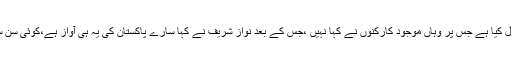
گجرات میں نواز شریف نے کارکنوں کو مخاطب کرتے ہوئے کہا کہ کیا آپ نے عدالت کا فیصلہ قبول کیا ہے جس پر وہاں موجود کارکنوں نے کہا نہیں ،جس کے بعد نواز شریف نے کہا سارے پاکستان کی یہ ہی آواز ہے،کوئی سن سکتا ہے تو سن لے ، گلگت بلتستان ،آزاد کشمیر ،بلوچستان ،سندھ اور کے پی کے کا یہ ہی عالم ہے ۔